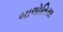
બાલોતિયા